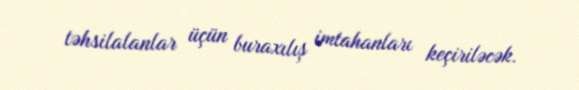
təhsilalanlar üçün buraxılış imtahanları keçiriləcək.